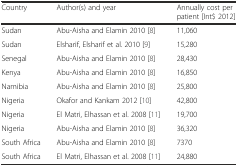
<table><thead><tr><td><b>Country</b></td><td><b>Author(s) and year</b></td><td><b>Annually cost per patient [Int$ 2012]</b></td></tr></thead><tbody><tr><td>Sudan</td><td>Abu-Aisha and Elamin 2010 [8]</td><td>11,060</td></tr><tr><td>Sudan</td><td>Elsharif, Elsharif et al. 2010 [9]</td><td>15,280</td></tr><tr><td>Senegal</td><td>Abu-Aisha and Elamin 2010 [8]</td><td>28,430</td></tr><tr><td>Kenya</td><td>Abu-Aisha and Elamin 2010 [8]</td><td>16,850</td></tr><tr><td>Namibia</td><td>Abu-Aisha and Elamin 2010 [8]</td><td>25,800</td></tr><tr><td>Nigeria</td><td>Okafor and Kankam 2012 [10]</td><td>42,800</td></tr><tr><td>Nigeria</td><td>El Matri, Elhassan et al. 2008 [11]</td><td>19,700</td></tr><tr><td>Nigeria</td><td>Abu-Aisha and Elamin 2010 [8]</td><td>36,320</td></tr><tr><td>South Africa</td><td>Abu-Aisha and Elamin 2010 [8]</td><td>7370</td></tr><tr><td>South Africa</td><td>El Matri, Elhassan et al. 2008 [11]</td><td>24,880</td></tr></tbody></table>